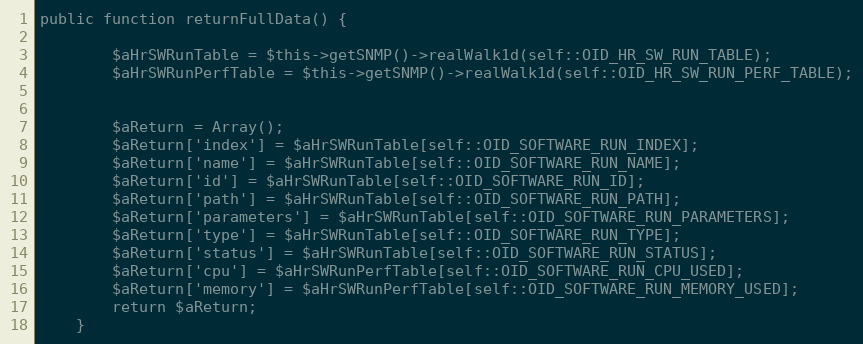
Language: PHP
public function returnFullData() {

        $aHrSWRunTable = $this->getSNMP()->realWalk1d(self::OID_HR_SW_RUN_TABLE);
        $aHrSWRunPerfTable = $this->getSNMP()->realWalk1d(self::OID_HR_SW_RUN_PERF_TABLE);

        $aReturn = Array();
        $aReturn['index'] = $aHrSWRunTable[self::OID_SOFTWARE_RUN_INDEX];
        $aReturn['name'] = $aHrSWRunTable[self::OID_SOFTWARE_RUN_NAME];
        $aReturn['id'] = $aHrSWRunTable[self::OID_SOFTWARE_RUN_ID];
        $aReturn['path'] = $aHrSWRunTable[self::OID_SOFTWARE_RUN_PATH];
        $aReturn['parameters'] = $aHrSWRunTable[self::OID_SOFTWARE_RUN_PARAMETERS];
        $aReturn['type'] = $aHrSWRunTable[self::OID_SOFTWARE_RUN_TYPE];
        $aReturn['status'] = $aHrSWRunTable[self::OID_SOFTWARE_RUN_STATUS];
        $aReturn['cpu'] = $aHrSWRunPerfTable[self::OID_SOFTWARE_RUN_CPU_USED];
        $aReturn['memory'] = $aHrSWRunPerfTable[self::OID_SOFTWARE_RUN_MEMORY_USED];
        return $aReturn;
    }